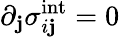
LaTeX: \partial_{\mathbf{j}}\sigma_{i\mathbf{j}}^{\textrm{{int}}}=0